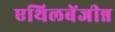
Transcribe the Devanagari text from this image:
एथिलबेंजीन्न